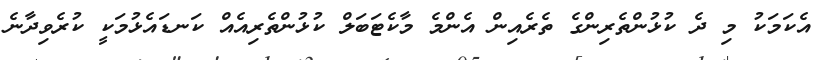
އެކަމަކު މި ދެ ކުޅުންތެރިންގެ ތެރެއިން އެންމެ މާކެޓަބަލް ކުޅުންތެރިއެއް ކަނޑައެޅުމަކީ ކުރެވިދާނެ